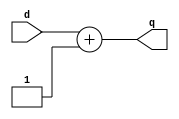
module pcplus(input[5:0] d,
output [5:0] q);

assign q = d + 6'd1; 

endmodule